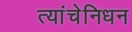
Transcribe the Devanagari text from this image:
त्यांचेनिधन